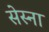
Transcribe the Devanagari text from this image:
सेस्ना